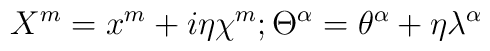
X^{m}=x^{m}+i\eta\chi^{m};\\\Theta^{\alpha}=\theta^{\alpha}+ \eta\lambda^{\alpha}